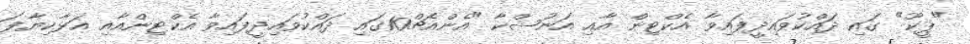
"ޕީކޫ" ގައި ދައްކުވައިދީފައިވާ އެކްޓިން އާއި އަނުޝްކާ "އެންއެޗް10ގައި ދައްކުވައިދީފައިވާ އެކްޓިންއާއި އަޅާކިޔާފަ